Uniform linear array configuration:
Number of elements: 24
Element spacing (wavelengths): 1
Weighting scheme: exponential
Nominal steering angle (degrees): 0
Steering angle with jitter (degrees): -0.5646
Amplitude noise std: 0.05
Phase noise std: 0.05

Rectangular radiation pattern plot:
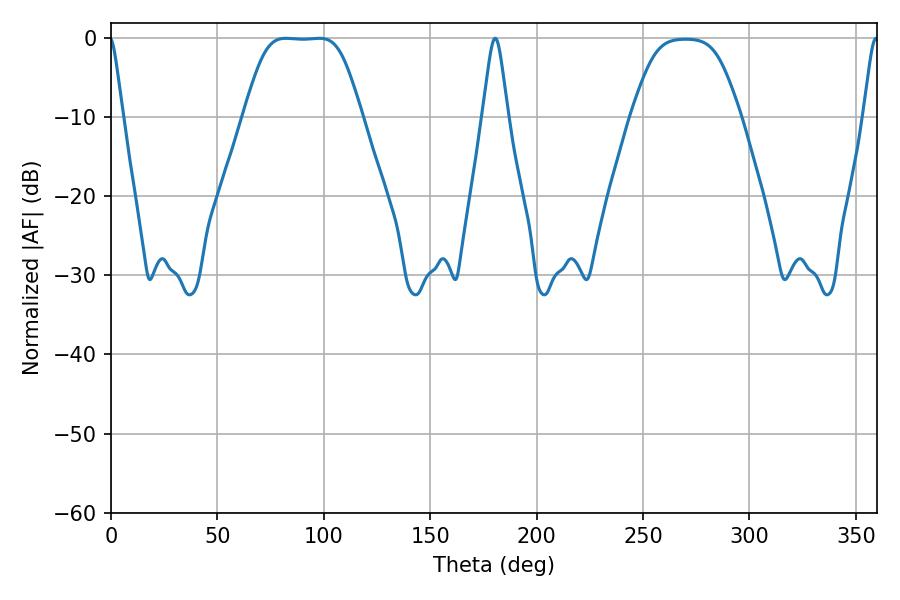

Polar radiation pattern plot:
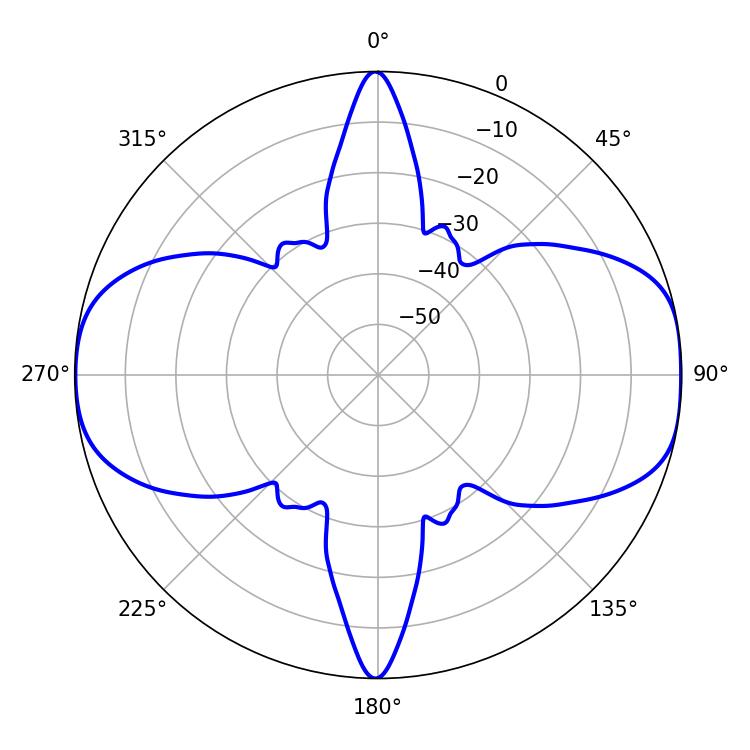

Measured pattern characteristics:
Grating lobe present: TRUE
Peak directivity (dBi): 12.186
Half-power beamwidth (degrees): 5.76
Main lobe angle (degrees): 180.54